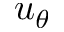
u _ { \theta }